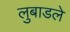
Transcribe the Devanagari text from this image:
लुबाडले